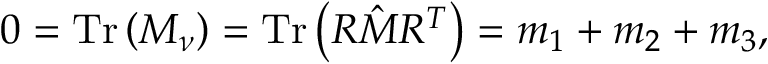
0 = \mathrm { T r } \left( M _ { \nu } \right) = \mathrm { T r } \left( R { \hat { M } } R ^ { T } \right) = m _ { 1 } + m _ { 2 } + m _ { 3 } ,